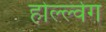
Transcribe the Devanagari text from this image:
होल्ल्वेग